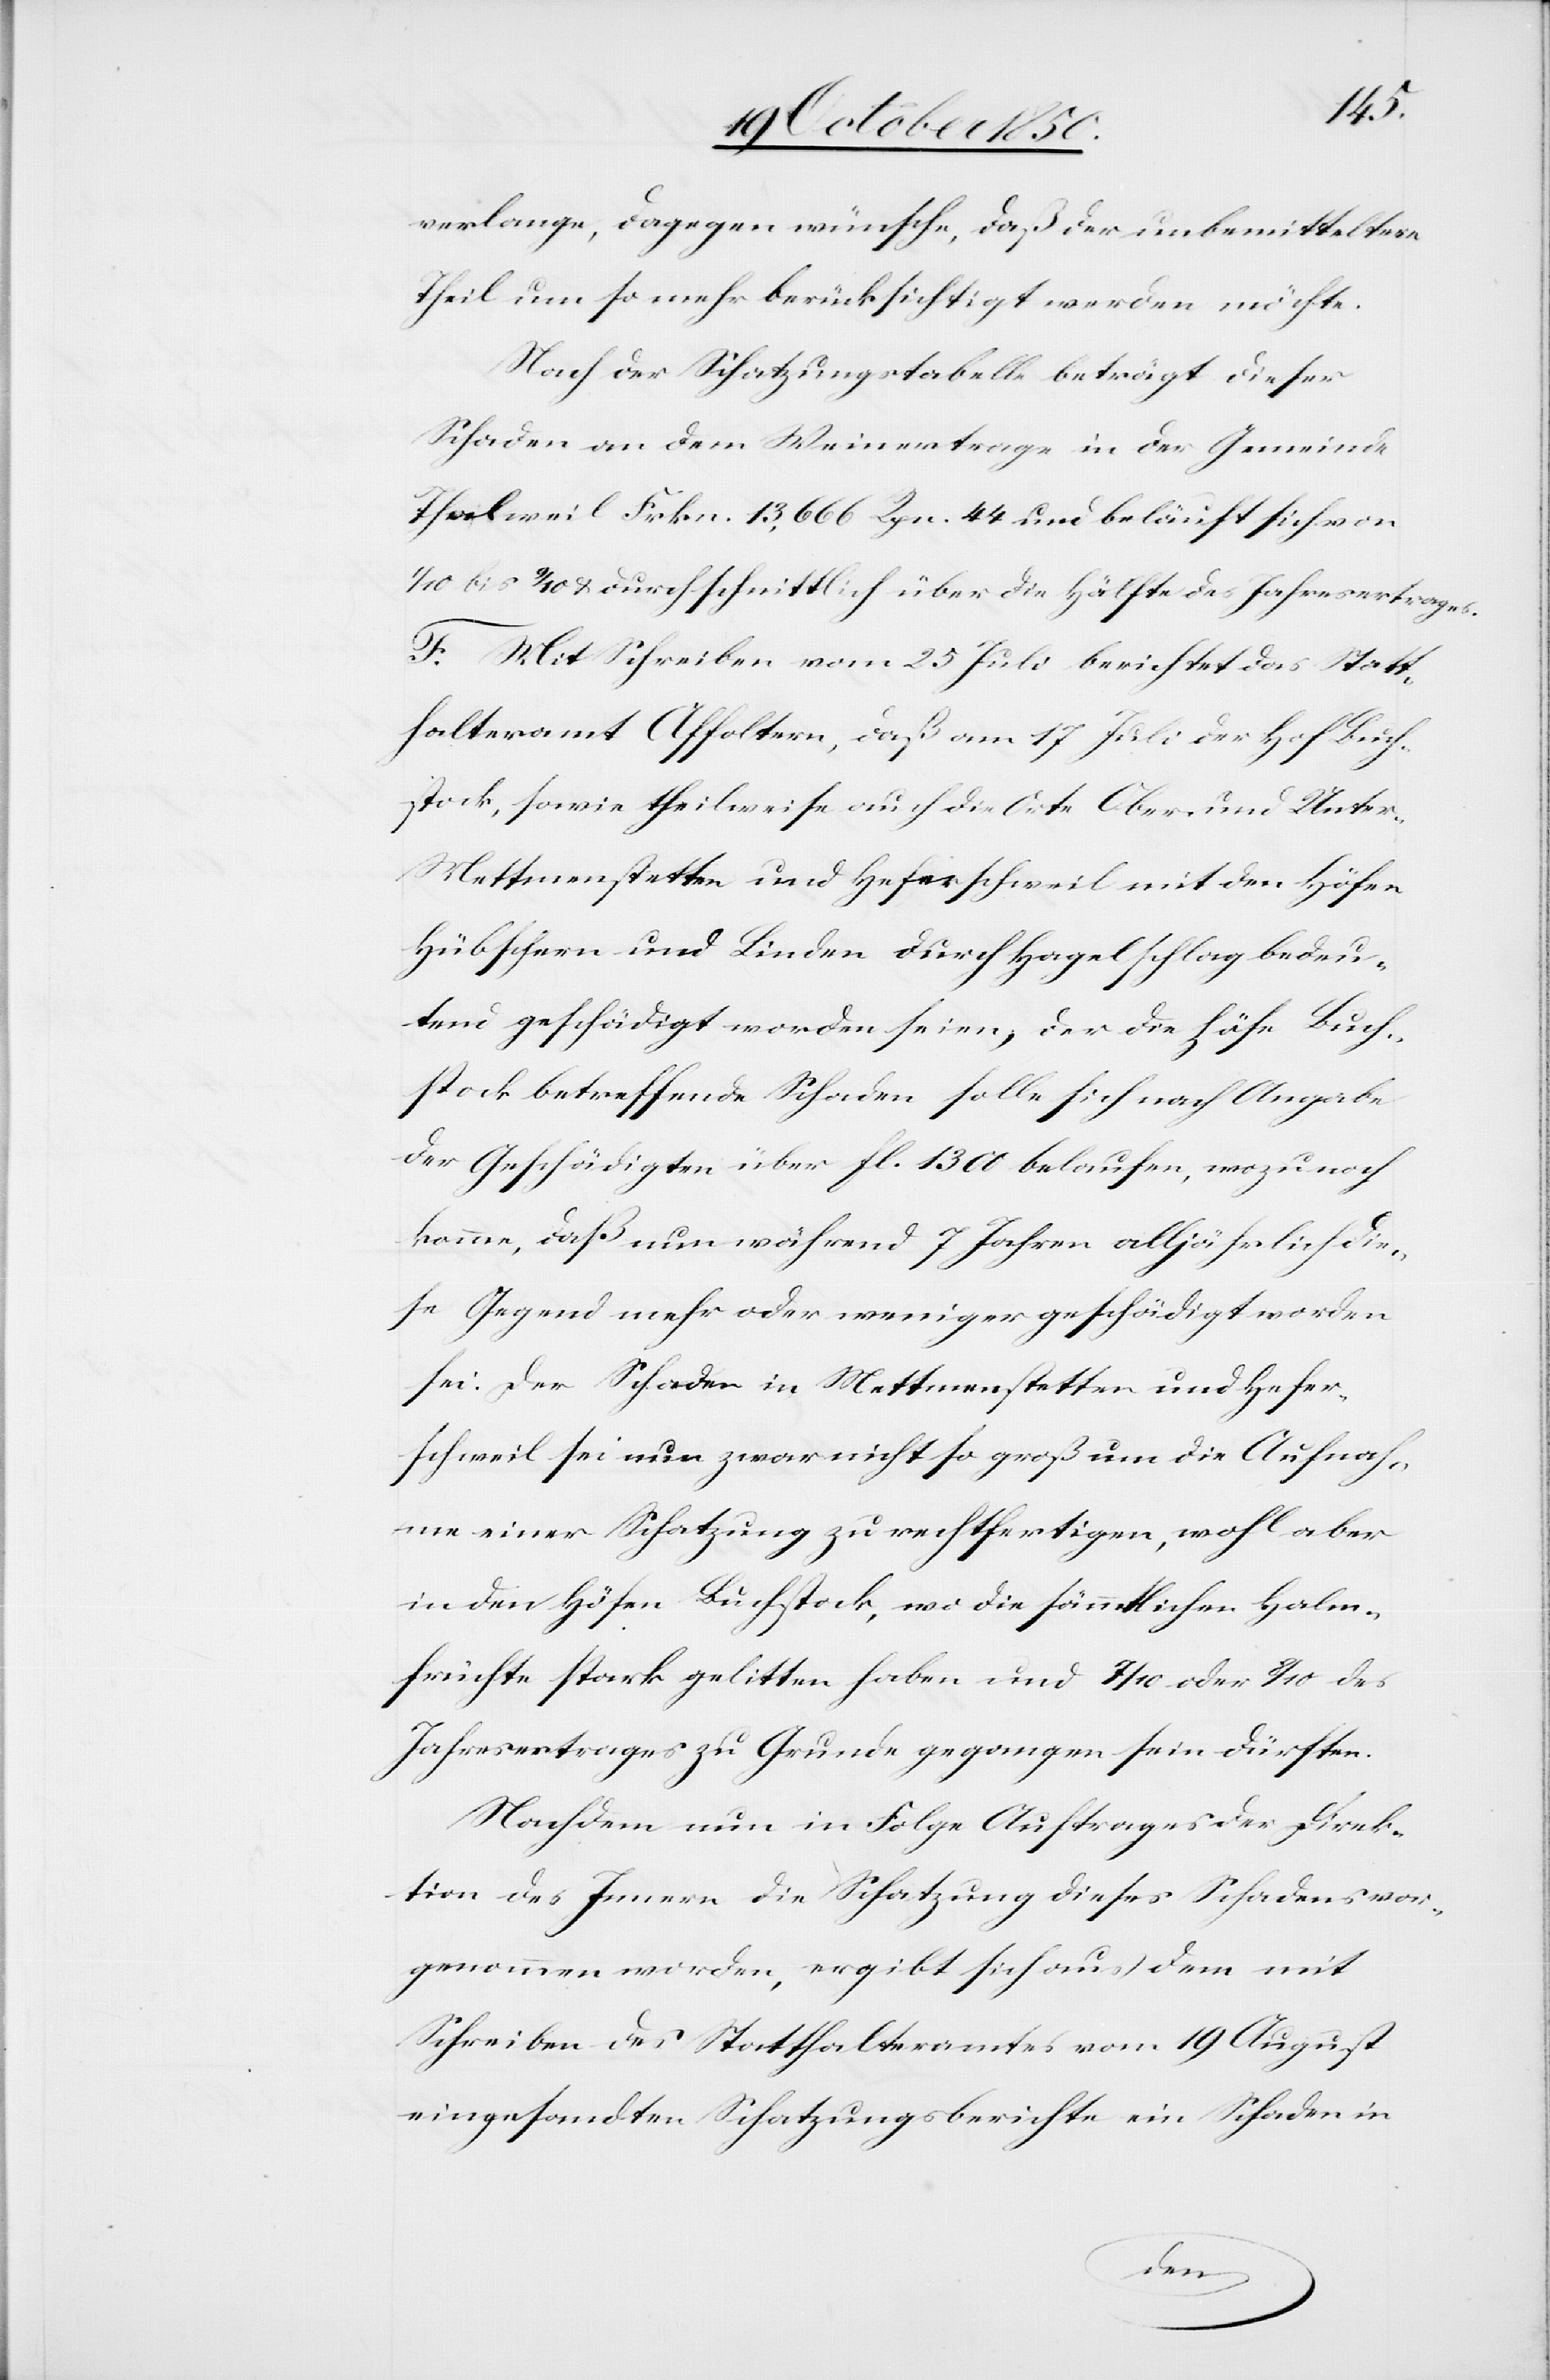
verlange, dagegen wünsche, daß der unbemitteltere
Theil um so mehr berücksichtigt werden möchte.
Nach der Schatzungstabelle beträgt dieser
Schaden an dem Weinertrage in der Gemeinde
Thalweil Frkn. 13,666 Rpn. 44 und beläuft sich von
1/10 bis 2/10 u. durchschnittlich über die Hälfte des Jahresertrages.
F. Mit Schreiben vom 25 Juli berichtet das Statt¬
halteramt Affoltern, daß am 17 Juli der Hof Buch¬
stock, sowie theilweise auch die Orte Ober- und Unter-M¬
ettmenstetten und Heferschweil mit den Höfen
Hübschern und Linden durch Hagelschlag bedeu¬
tend geschädigt worden seien, der die Höhe Buch¬
stock betreffende Schaden solle sich nach Angabe
der Geschädigten über fl. 1300 belaufen, wozu noch
komme, daß nun während 7 Jahren alljährlich die¬
se Gegend mehr oder weniger geschädigt worden
sei. Der Schaden in Mettmenstetten und Hefer¬
schweil sei nun zwar nicht so groß um die Aufnah¬
me einer Schatzung zu rechtfertigen, wohl aber
in den Höfen Buchstock, wo die sämmtlichen Halm¬
früchte stark gelitten haben und 7/10 oder 8/10 des
Jahresertrages zu Grunde gegangen sein dürften.
Nachdem nun in Folge Auftrages der Direk¬
tion des Innern die Schatzung dieses Schadens vor¬
genommen worden, ergibt sich aus dem mit
Schreiben des Statthalteramtes vom 19 August
eingesandten Schatzungsberichte ein Schaden in